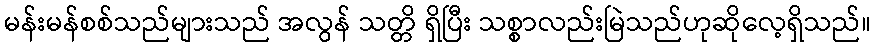
မန်းမန်စစ်သည်များသည် အလွန် သတ္တိ ရှိပြီး သစ္စာလည်းမြဲသည်ဟုဆိုလေ့ရှိသည်။